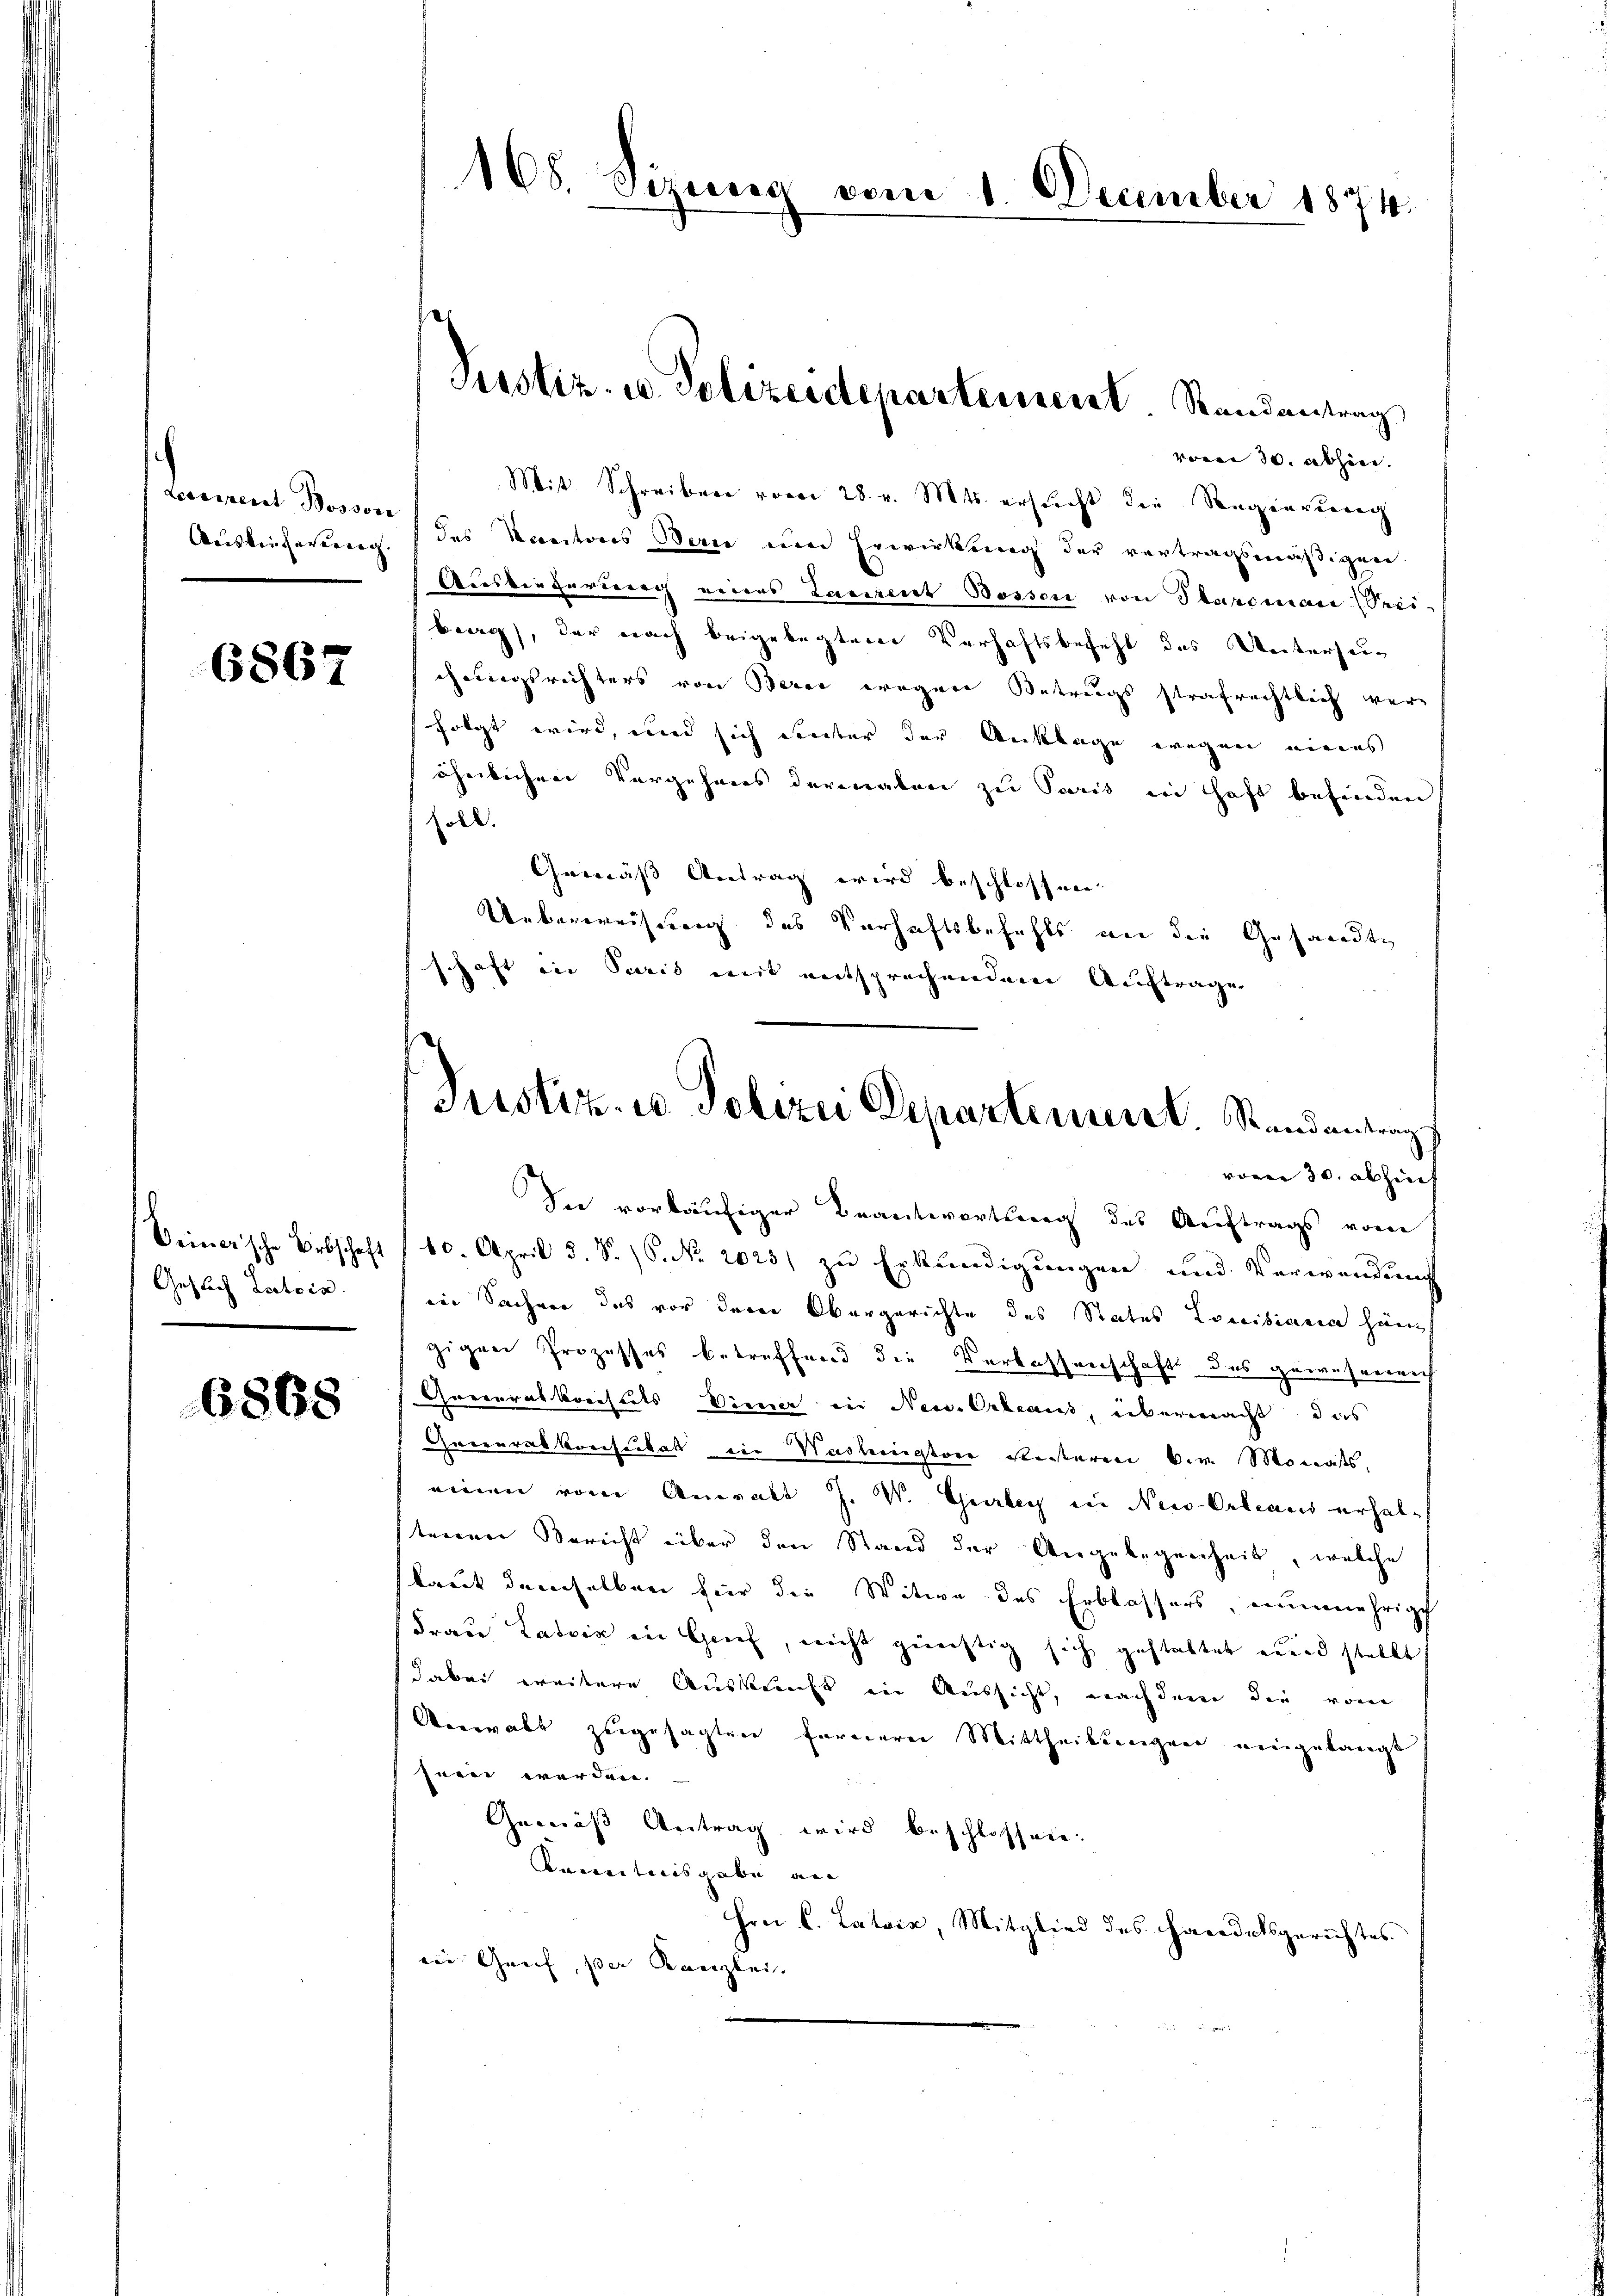
kammen Seren

6867

Geslich Lustsin.

6868

168. Sizung vom 1. December 1874.

voren 30. Abhöre.
Mit Schreiben vom 28. v. Mts. ersucht die Regierung
Auslieferung des Kantons Berne um Erwirkung der vertragsmäßigen
Auslieferung eines Laurent Bosser von Stareinau (Speiburg), der nach beigelegten Verhaftsbefehl des Unterzeig
chungsrichters von Berei wegen Betrugs strafrechtlich verfolgt wird, und sich einter der Anklage wegen eines
ähnlichen Vergehnens derenaben zu Paris in Haft befinden
soll.
Gemäß Antrag wird beschlossen.
Ueberweisung des Verhaftsbefehls an die Gesandte
schaft in Paris mit entsprechendem Auftrage

Pustiz- u. Polizeidepartement Randantrag

Justiz- u. Polizei Departement. Randantrag

voren 30. abzieh
In vorläufiger Beantwortung des Auftrags vom
Beinerische Erbschaft (10. April d. S. 16. No. 2025 zu Erkundigungen und Verwendung
ene Sachen das vor der Obergerichte des Status Conciliania hing
gigen Prozesses betreffend die Verlassenschaft des geweseneich
Generalkreistets Diener in Neu-Orleaus, übermacht, das
Gaceurabkreistikal ein Wasteriestor seisteren der Monats,
einen vom Anwalt J. W. Gerbey in New-Orleans erhaltenen Bericht über den Stand der Angelegenheit, welche
laut demselben für die Witwe des Erblassers, nunmehrige
Frau Latria in Genf, nicht günstig sich gestaltet wird stellt
dabei weitere Auskunft in Aussicht, nachdem die vom
Verwalt zugesagten fernerei Mittheilungen eingelangt
jnein werden.
Gemäß Antrag wird beschlossen.
Kenntnisgabe an
Hrn. C. Latrix, Mitglied des Handelsgerichtes.
in Genf, der Kanzlei.